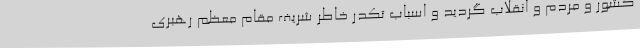
کشور و مردم و انقلاب گردید و اسباب تکدر خاطر شریف مقام معظم رهبری